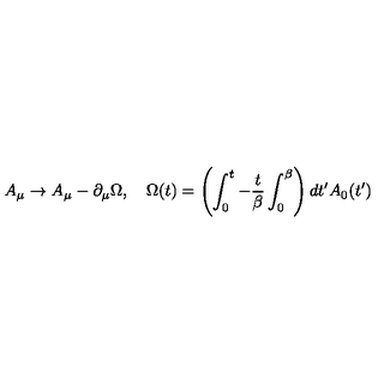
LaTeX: A _ { \mu } \rightarrow A _ { \mu } - \partial _ { \mu } \Omega , \quad \Omega ( t ) = \left( \int _ { 0 } ^ { t } - { \frac { t } { \beta } } \int _ { 0 } ^ { \beta } \right) d t ^ { \prime } A _ { 0 } ( t ^ { \prime } )